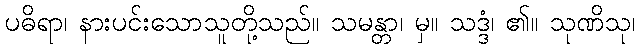
ပဓိရာ၊ နားပင်းသောသူတို့သည်။ သမန္တာ၊ မှ။ သဒ္ဒံ၊ ၏။ သုဏိသု၊